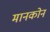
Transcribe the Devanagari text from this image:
मानकोन